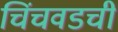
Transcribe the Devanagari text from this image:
चिंचवडची